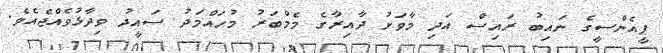
ޕީއެންސީގެ ނައިބު ރައިސް އަދި މާވަށު ދާއިރާގެ މެމްބަރު މުހައްމަދު ސައީދު ވިދާޅުވެއްޖެއެވެ.